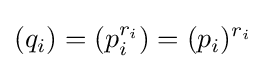
(q_{i})=(p_{i}^{r_{i}})=(p_{i})^{r_{i}}